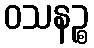
ဝသနဉ္စ